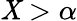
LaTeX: \mathit{X}>\alpha